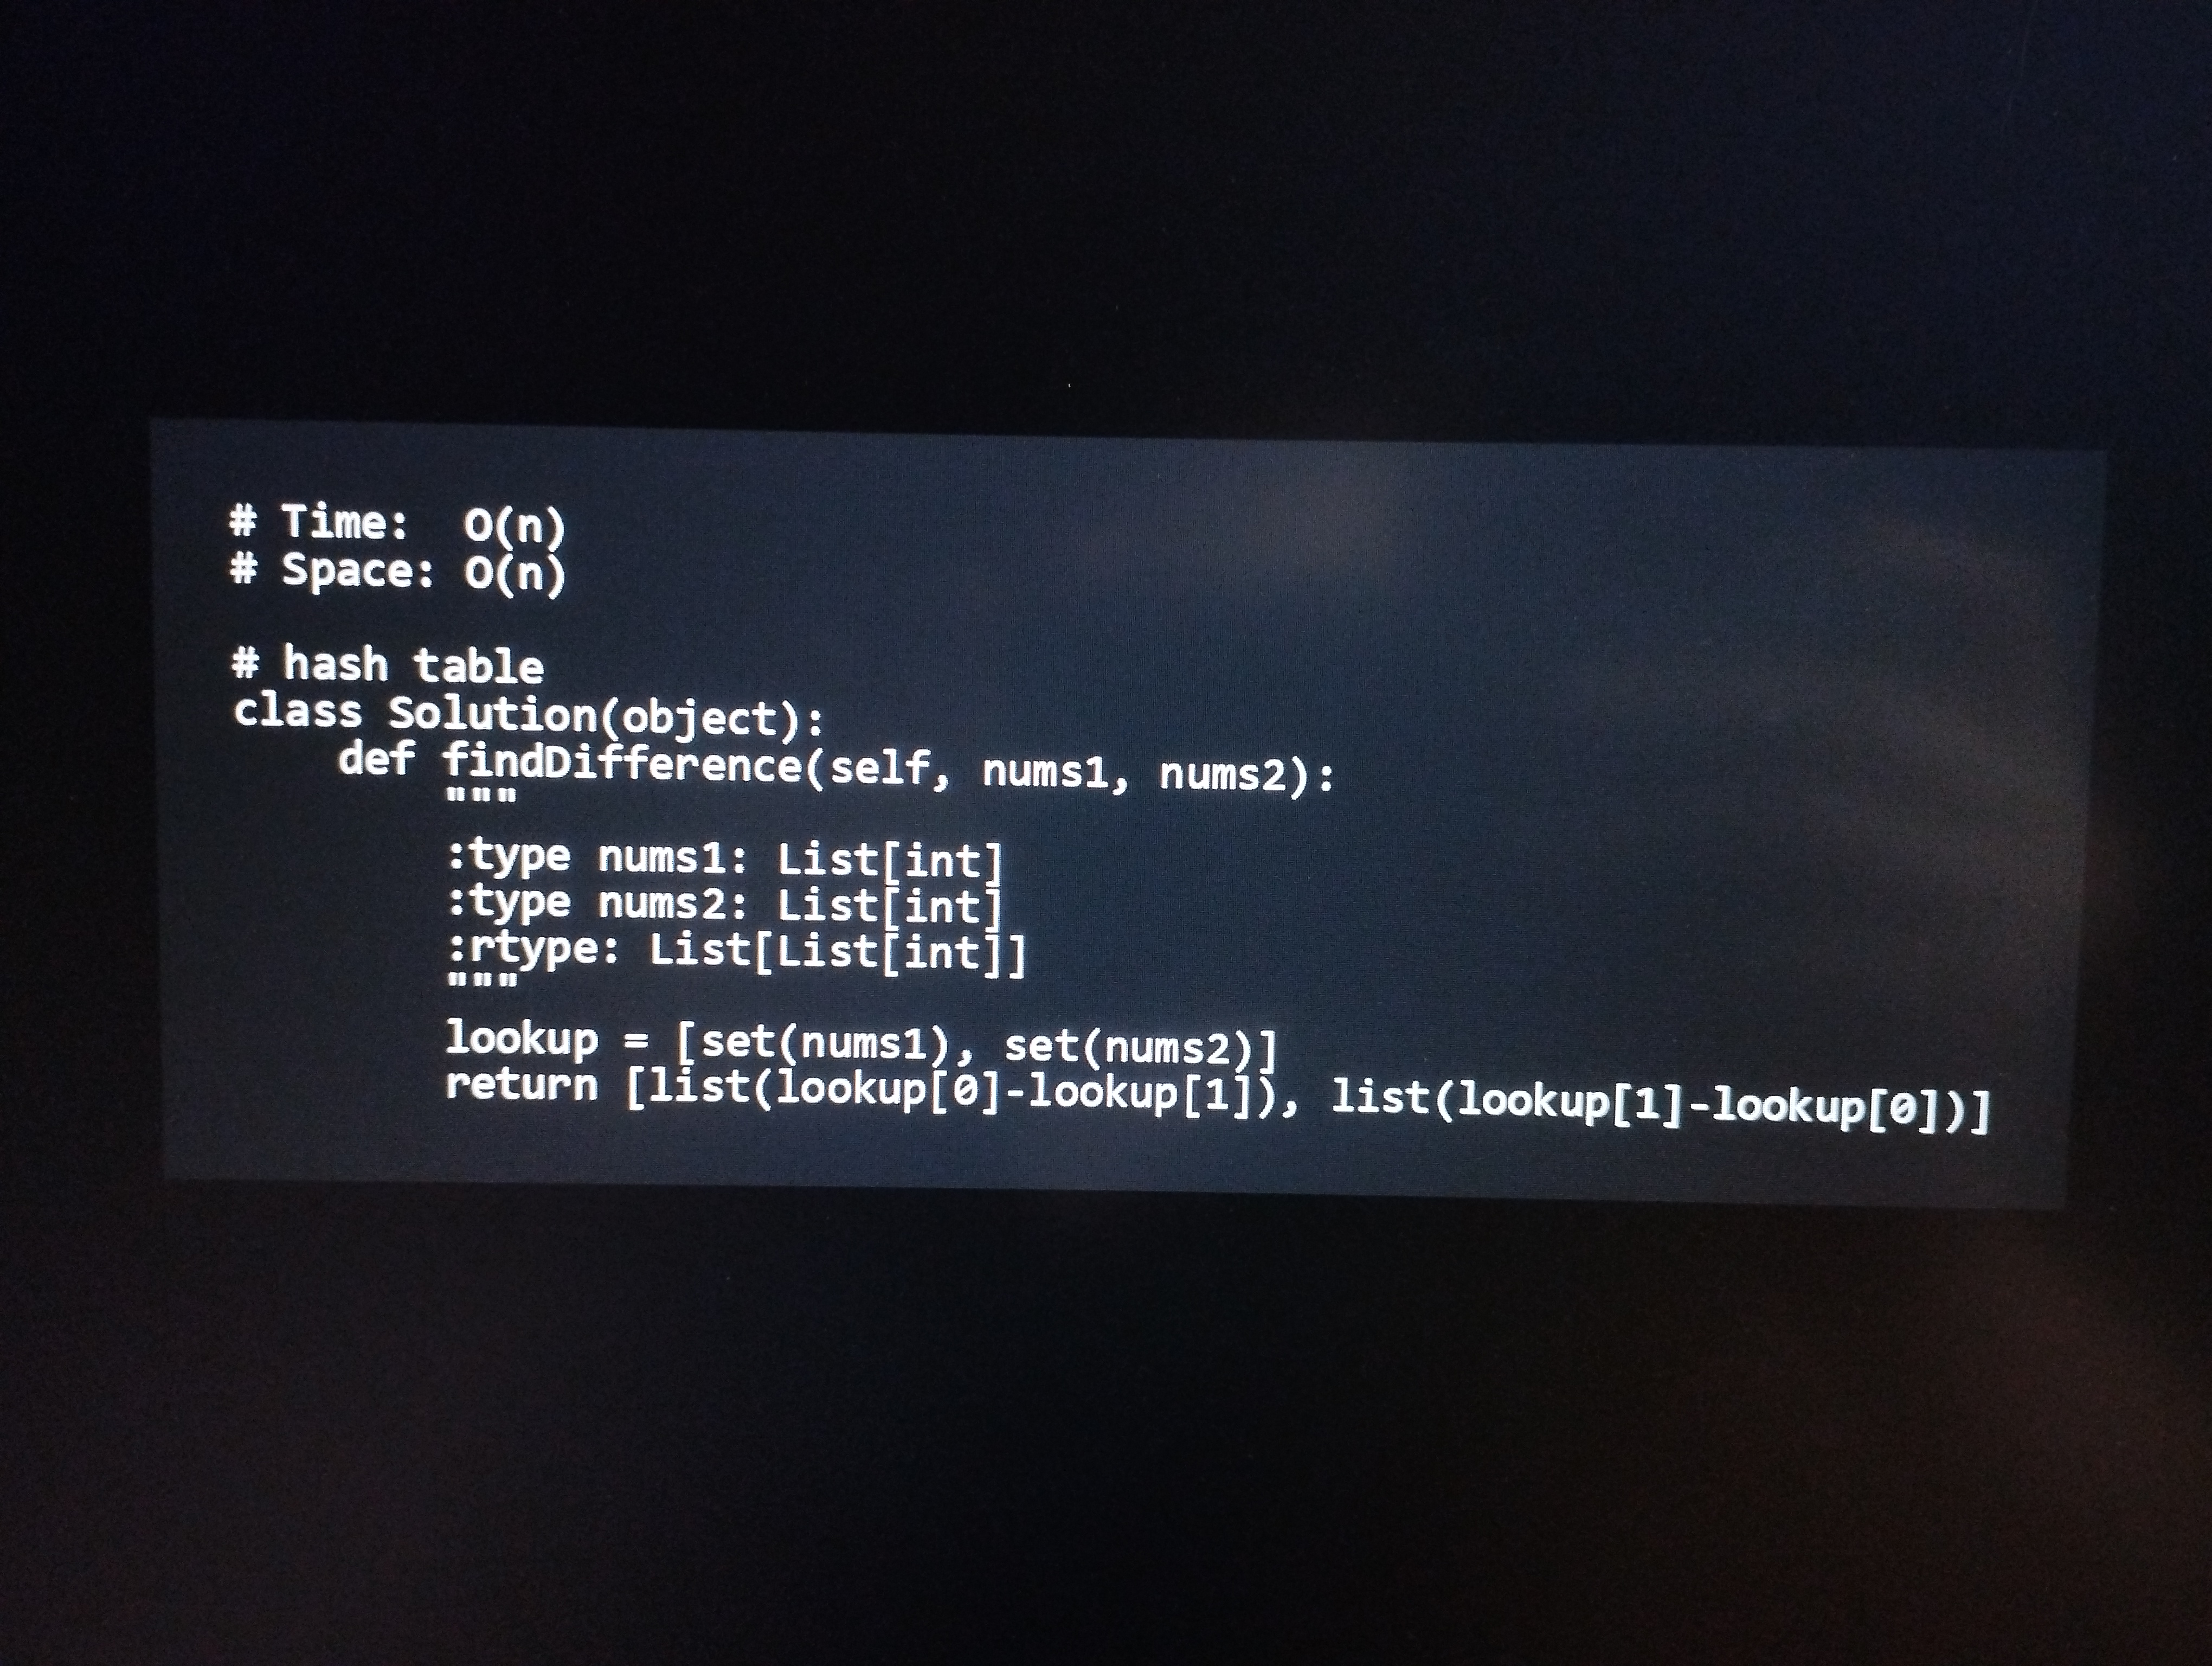
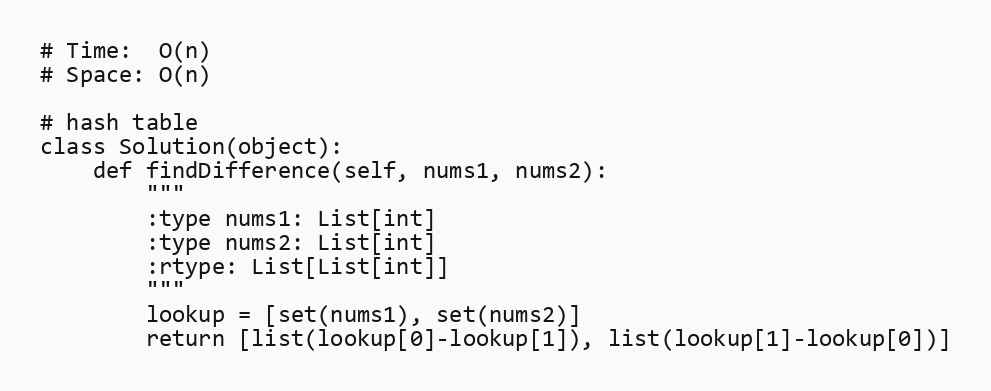
# Time:  O(n)
# Space: O(n)

# hash table
class Solution(object):
    def findDifference(self, nums1, nums2):
        """
        :type nums1: List[int]
        :type nums2: List[int]
        :rtype: List[List[int]]
        """
        lookup = [set(nums1), set(nums2)]
        return [list(lookup[0]-lookup[1]), list(lookup[1]-lookup[0])]